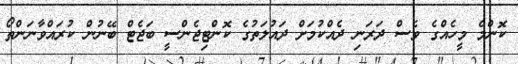
ކޮންމެ މީހެއްގެ ވެސް ދަރަނި ދެއްކުމަށް ދައުލަތުގެ ކޮންޓިޖެންސީ ބަޖެޓް ބޭނުން ކުރައްވާނަންތޯ